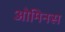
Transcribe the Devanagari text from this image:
ओमिनस